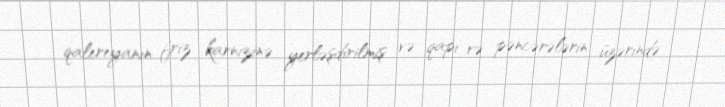
qalereyanın friz karnizinə yerləşdirilmiş və qapı və pəncərələrin üzərində